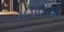
પચાસમી